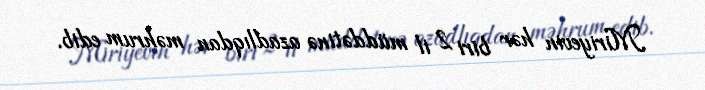
Miriyevin hər biri 2 il müddətinə azadlıqdan məhrum edib.